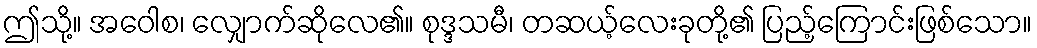
ဤသို့။ အဝေါစ၊ လျှောက်ဆိုလေ၏။ စုဒ္ဒသမီ၊ တဆယ့်လေးခုတို့၏ ပြည့်ကြောင်းဖြစ်သော။